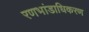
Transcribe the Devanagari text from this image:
रणभांडाधिकरण